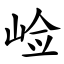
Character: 崄